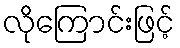
လိုကြောင်းဖြင့်